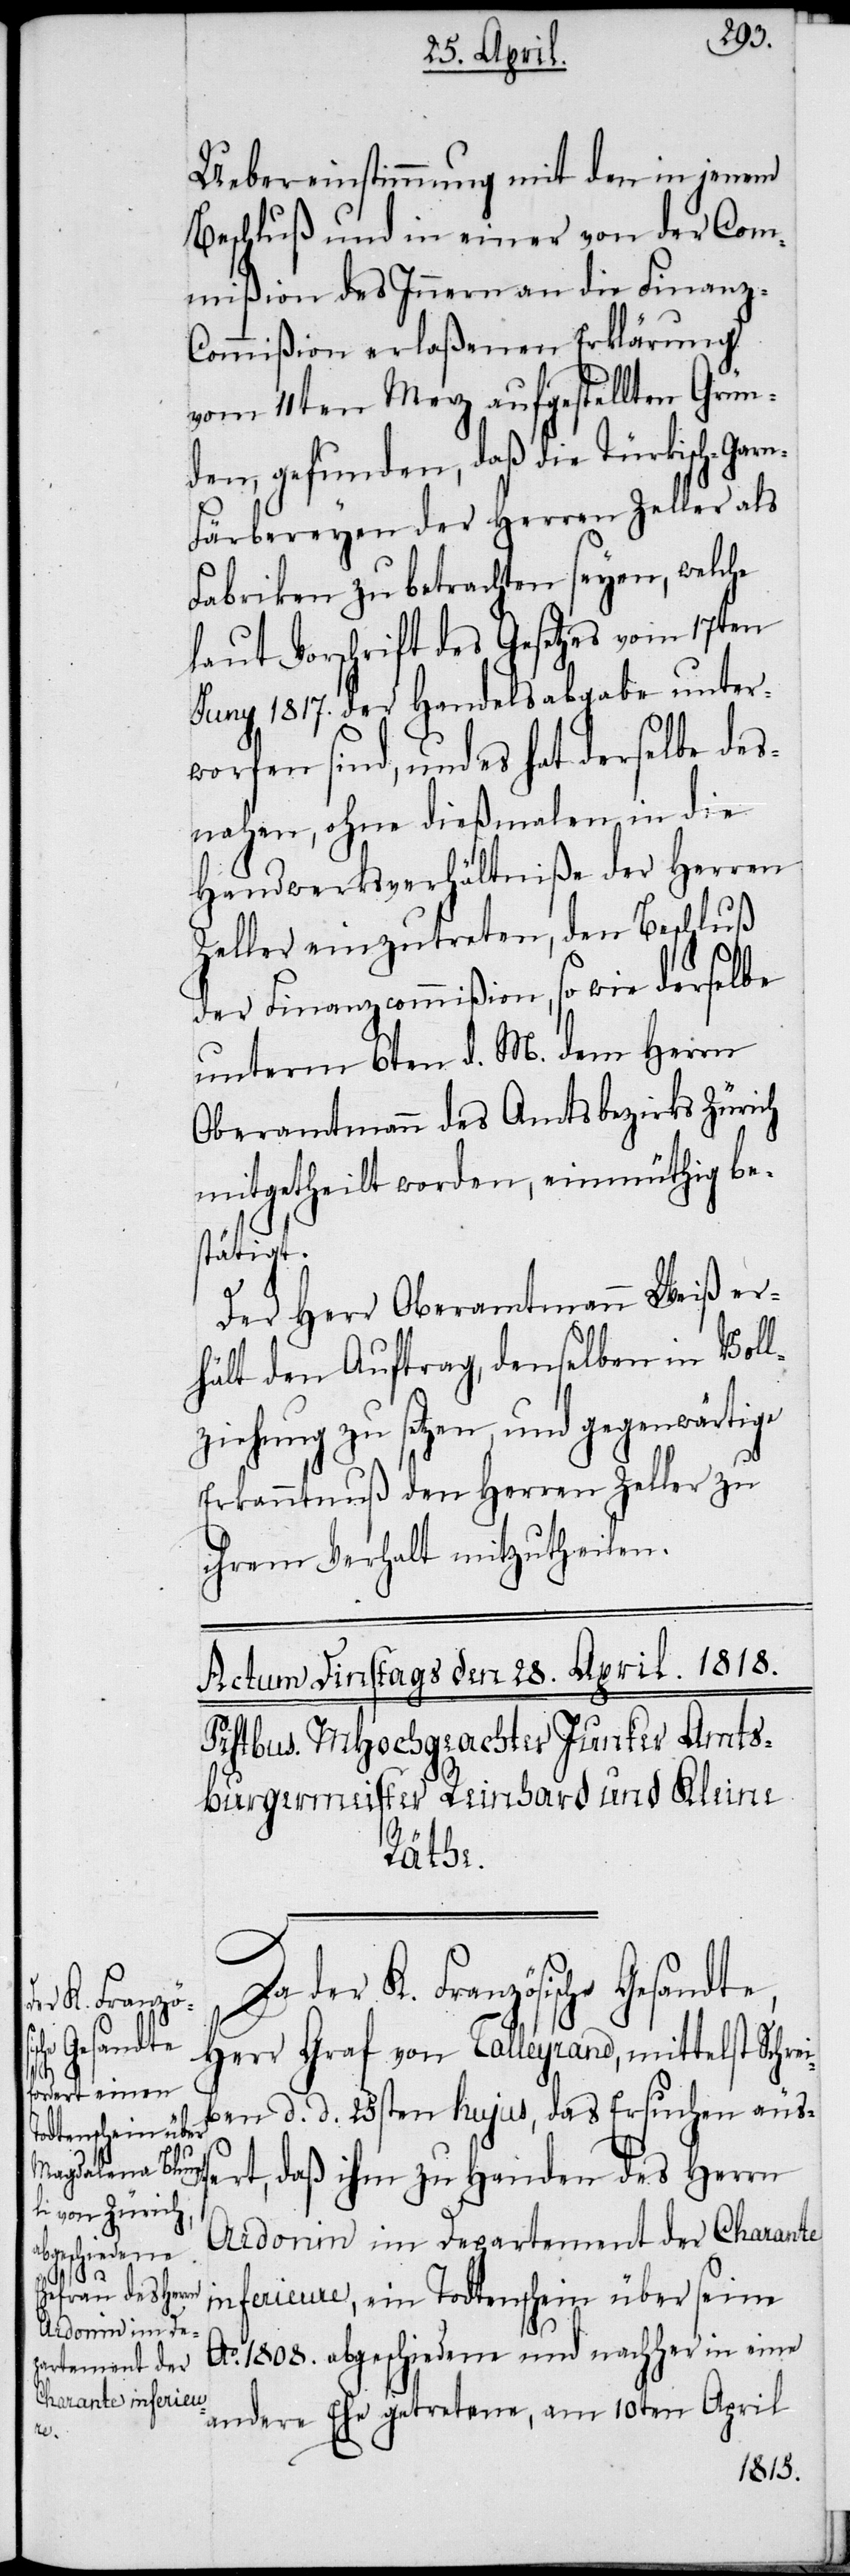
Uebereinstimmung mit den in jenem
Beschluß und in einer von der Com¬
mißion des Innern an die Finanz-C¬
ommißion erlaßenen Erklärung
vom 11ten Merz aufgestellten Grün¬
den, gefunden, daß die Türkisch-Gar¬
n-Färbereyen der Herren Zeller als
Fabriken zu betrachten seyen, welche
laut Vorschrift des Gesetzes vom 17ten
Juny 1817. der Handelsabgabe unter¬
worfen sind, und es hat derselbe des¬
nahen, ohne dießmalen in die
Handwerksverhältniße der Herrn
Zeller einzutreten, den Beschluß
der Finanzcommißion, so wie derselbe
unterm 6ten d. M. dem Herrn
Oberamtmann des Amtsbezirks Zürich
mitgetheilt worden, einmüthig be¬
stätigt.
Der Herr Oberamtmann Weiß er¬
hält den Auftrag, denselben in Voll¬
ziehung zu setzen, und gegenwärtige
Erkanntnuß den Herren Zeller zu
ihrem Verhalt mitzutheilen.
der K. Französische Gesandte,
Herr Graf von Talleyrand, mittelst Schrei¬
ben d. d. 25sten hujus, das Ersuchen äuß¬
ert, daß ihm zu Handen des Herrn
Ardonin im Departement der Charante
inferieure, ein Todtenschein über seine
Ao. 1808. abgeschiedene und nachher in eine
andere Ehe getretene, am 10ten April